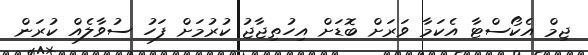
ޖިމް އެކޯސްޓާ އެކަމާ ވަރަށް ބޮޑަށް އިހުތިޖާޖު ކުރުމަށް ފަހު ސުވާލެއް ކުރަން